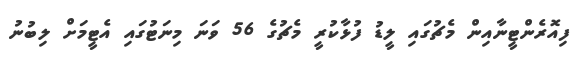
ފިއޮރެންޓީނާއިން މެޗުގައި ލީޑު ފުޅާކުރީ މެޗުގެ 56 ވަނަ މިނަޓުގައި އެޓީމަށް ލިބުނު